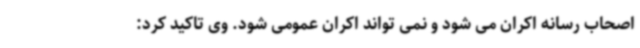
اصحاب رسانه اکران می شود و نمی تواند اکران عمومی شود. وی تاکید کرد: